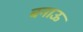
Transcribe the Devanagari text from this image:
बनाऊ